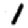
Digit: 1